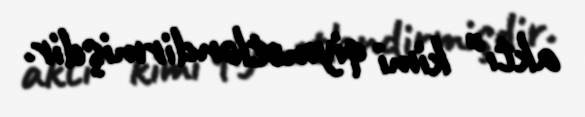
aktı" kimi qiymətləndirmişdir.